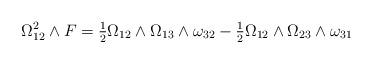
LaTeX: \begin{align*}\Omega_{12}^2\wedge F = \tfrac 12\Omega_{12}\wedge\Omega_{13}\wedge\omega_{32} - \tfrac 12\Omega_{12}\wedge\Omega_{23}\wedge\omega_{31}\end{align*}